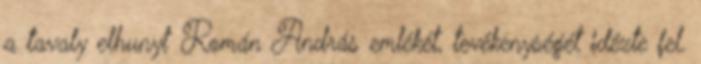
a tavaly elhunyt Román András emlékét, tevékenységét idézte fel.